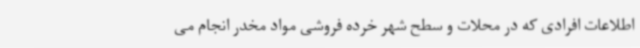
اطلاعات افرادی که در محلات و سطح شهر خرده فروشی مواد مخدر انجام می